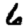
Digit: 6